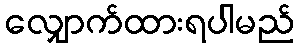
လျှောက်ထားရပါမည်